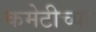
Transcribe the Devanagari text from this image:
कमेटीच्या